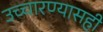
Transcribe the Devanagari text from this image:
उच्चारण्यासही